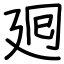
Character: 𢌞